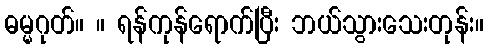
ဓမ္မဂုတ်။ ။ ရန်ကုန်ရောက်ပြီး ဘယ်သွားသေးတုန်း။